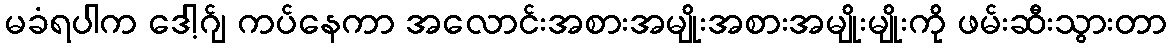
မခံရပါက ဒေါ့ဂ်ျ ကပ်နေကာ အလောင်းအစားအမျိုးအစားအမျိုးမျိုးကို ဖမ်းဆီးသွားတာ